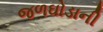
જળઘોડાની